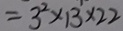
= 3 ^ { 2 } \times 1 3 \times 2 2